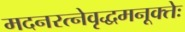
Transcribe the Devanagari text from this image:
मदनरत्नेवृद्धमनूक्तेः